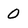
Character: 0